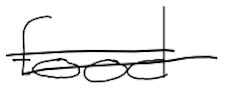
Text: food
Cross-out: double-line
Writing tool: digital_black